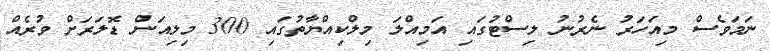
ނަމަވެސް މިއަހަރު ނެރުނު ލިސްޓުގައި އަމިއްލަ މިލްކިއްޔާތުގައި 300 މިލިއަން ޑޮލަރަށް ވުރެއް